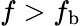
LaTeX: f>f_{\mathrm{b}}